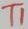
Text: TI